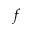
f